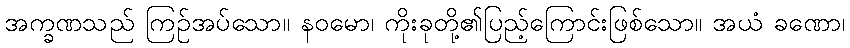
အက္ခဏသည် ကြဉ်အပ်သော။ နဝမော၊ ကိုးခုတို့၏ပြည့်ကြောင်းဖြစ်သော။ အယံ ခဏော၊